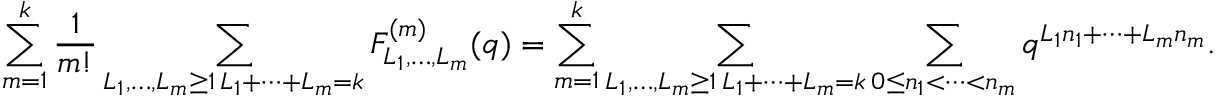
\sum _ { m = 1 } ^ { k } \frac { 1 } { m ! } \sum _ { \substack { L _ { 1 } , \dots , L _ { m } \geq 1 \, L _ { 1 } + \dots + L _ { m } = k } } F _ { L _ { 1 } , \dots , L _ { m } } ^ { ( m ) } ( q ) = \sum _ { m = 1 } ^ { k } \sum _ { \substack { L _ { 1 } , \dots , L _ { m } \geq 1 \, L _ { 1 } + \dots + L _ { m } = k } } \sum _ { 0 \leq n _ { 1 } < \dots < n _ { m } } q ^ { L _ { 1 } n _ { 1 } + \dots + L _ { m } n _ { m } } .